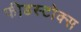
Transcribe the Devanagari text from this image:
फीडस्टोक्स